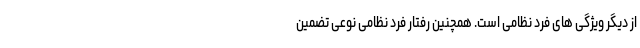
از دیگر ویژگی های فرد نظامی است. همچنین رفتار فرد نظامی نوعی تضمین